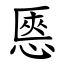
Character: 㥦